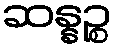
ဆန္နဉ္စ